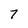
Character: 7